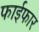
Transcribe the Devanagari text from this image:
फाईफार